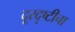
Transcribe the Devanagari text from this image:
दूरदृष्टीचा